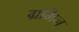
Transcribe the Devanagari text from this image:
ग्रमिन्